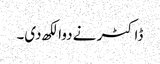
ڈاکٹر نے دوا لکھ دی۔